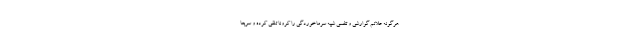
هرگونه علائم گوارشی و تنفسی شبیه سرماخوردگی را کرونا تلقی کرده و سریعا